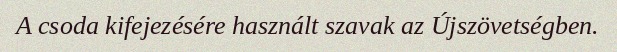
A csoda kifejezésére használt szavak az Újszövetségben.